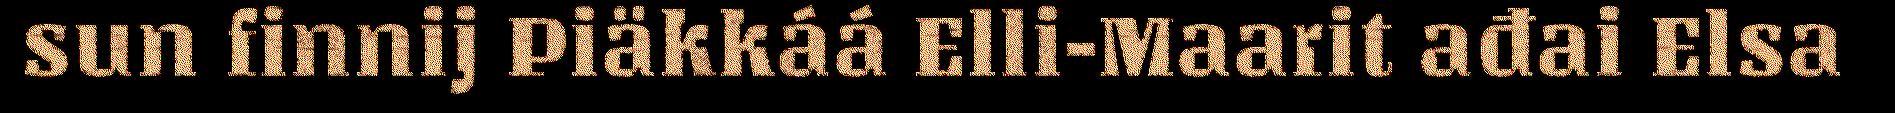
sun finnij Piäkkáá Elli-Maarit ađai Elsa